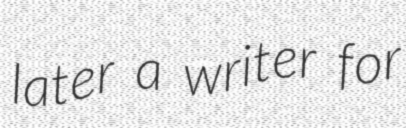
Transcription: later a writer for